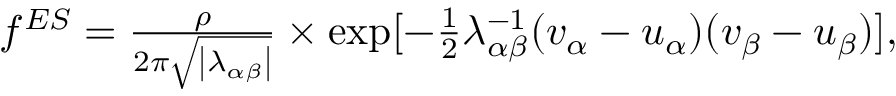
\begin{array} { r } { f ^ { E S } = \frac { \rho } { 2 \pi \sqrt { \left| \lambda _ { \alpha \beta } \right| } } \times \exp [ - \frac { 1 } { 2 } \lambda _ { \alpha \beta } ^ { - 1 } ( v _ { \alpha } - u _ { \alpha } ) ( v _ { \beta } - u _ { \beta } ) ] , } \end{array}